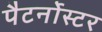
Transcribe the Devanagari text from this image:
पैटर्नोस्टर